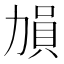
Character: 𠢋